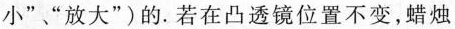
小”、”放大”)的。若在凸透镜位置不变，蜡烛